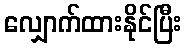
လျှောက်ထားနိုင်ပြီး